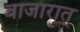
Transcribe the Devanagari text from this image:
बाजारात्‌